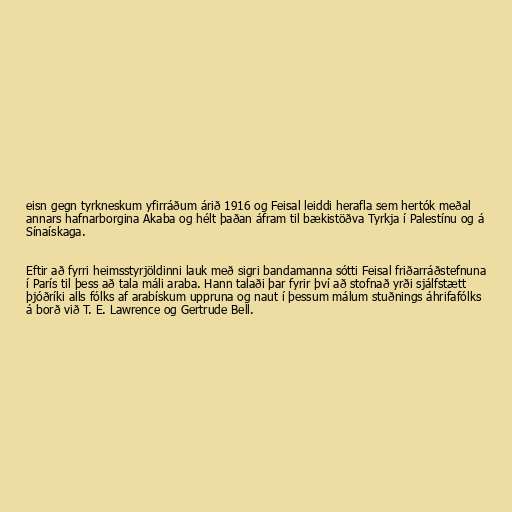
eisn gegn tyrkneskum yfirráðum árið 1916 og Feisal leiddi herafla sem hertók meðal
annars hafnarborgina Akaba og hélt þaðan áfram til bækistöðva Tyrkja í Palestínu og á
Sínaískaga.

Eftir að fyrri heimsstyrjöldinni lauk með sigri bandamanna sótti Feisal friðarráðstefnuna
í París til þess að tala máli araba. Hann talaði þar fyrir því að stofnað yrði sjálfstætt
þjóðríki alls fólks af arabískum uppruna og naut í þessum málum stuðnings áhrifafólks
á borð við T. E. Lawrence og Gertrude Bell.